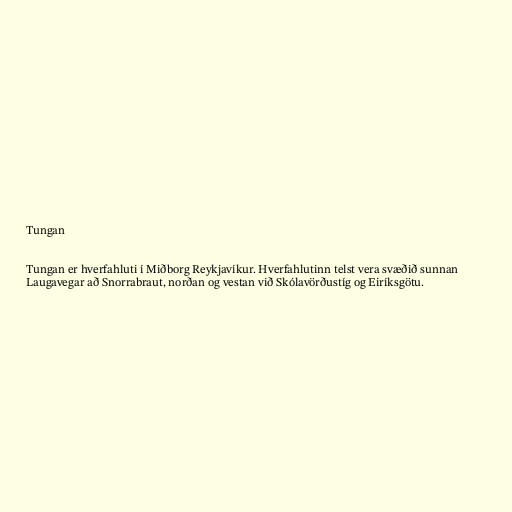
Tungan

Tungan er hverfahluti í Miðborg Reykjavíkur. Hverfahlutinn telst vera svæðið sunnan
Laugavegar að Snorrabraut, norðan og vestan við Skólavörðustíg og Eiríksgötu.